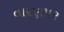
તારણપર